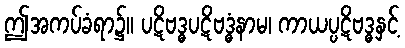
ဤအကပ်ခံရာ၌။ ပဋိဗဒ္ဓပဋိဗဒ္ဓံနာမ၊ ကာယပ္ပဋိဗဒ္ဓနှင့်